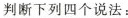
判断下列四个说法：